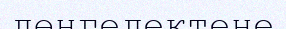
дөңгелектене